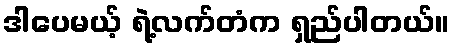
ဒါပေမယ့် ရဲ့လက်တံက ရှည်ပါတယ်။